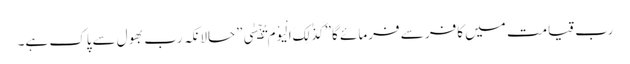
رب قیامت میں کافر سے فرمائے گا”کَذٰلِکَ الْیَوْمَ تُنۡسٰی”حالانکہ رب بھول سےپاک ہے۔